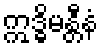
ဣဒ္ဓိမန္တီနံ